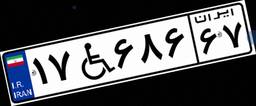
۱۷W۶۸۶۶۷